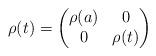
LaTeX: \begin{align*}\rho(t)=\left(\begin{matrix} \rho(a) & 0\\ 0 & \rho(t) \end{matrix}\right)\end{align*}